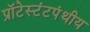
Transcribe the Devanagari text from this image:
प्रॉटेस्टंटपंथीय